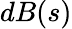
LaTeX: dB(s)